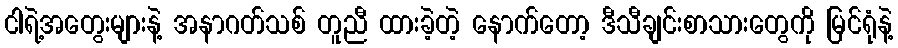
ငါရဲ့အတွေးများနဲ့ အနာဂတ်သစ် တူညီ ထားခဲ့တဲ့ နောက်တော့ ဒီသီချင်းစာသားတွေကို မြင်ရုံနဲ့